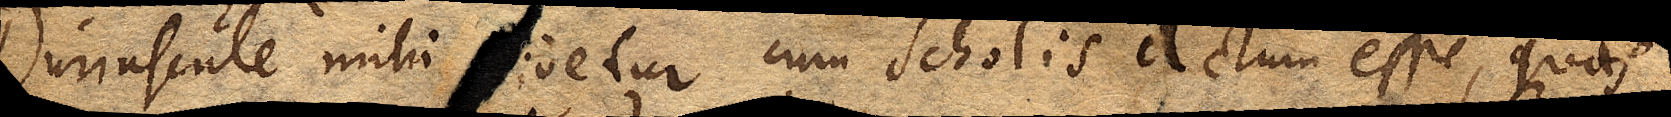
Duriuscule mihi ≺vi≻detur cum Scholis actum esse, quas